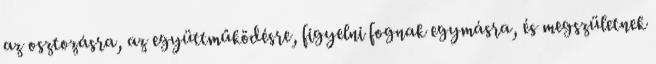
az osztozásra, az együttműködésre, figyelni fognak egymásra, és megszületnek